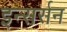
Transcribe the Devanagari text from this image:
इन्सर्सन